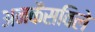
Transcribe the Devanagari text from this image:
अनकैसविले